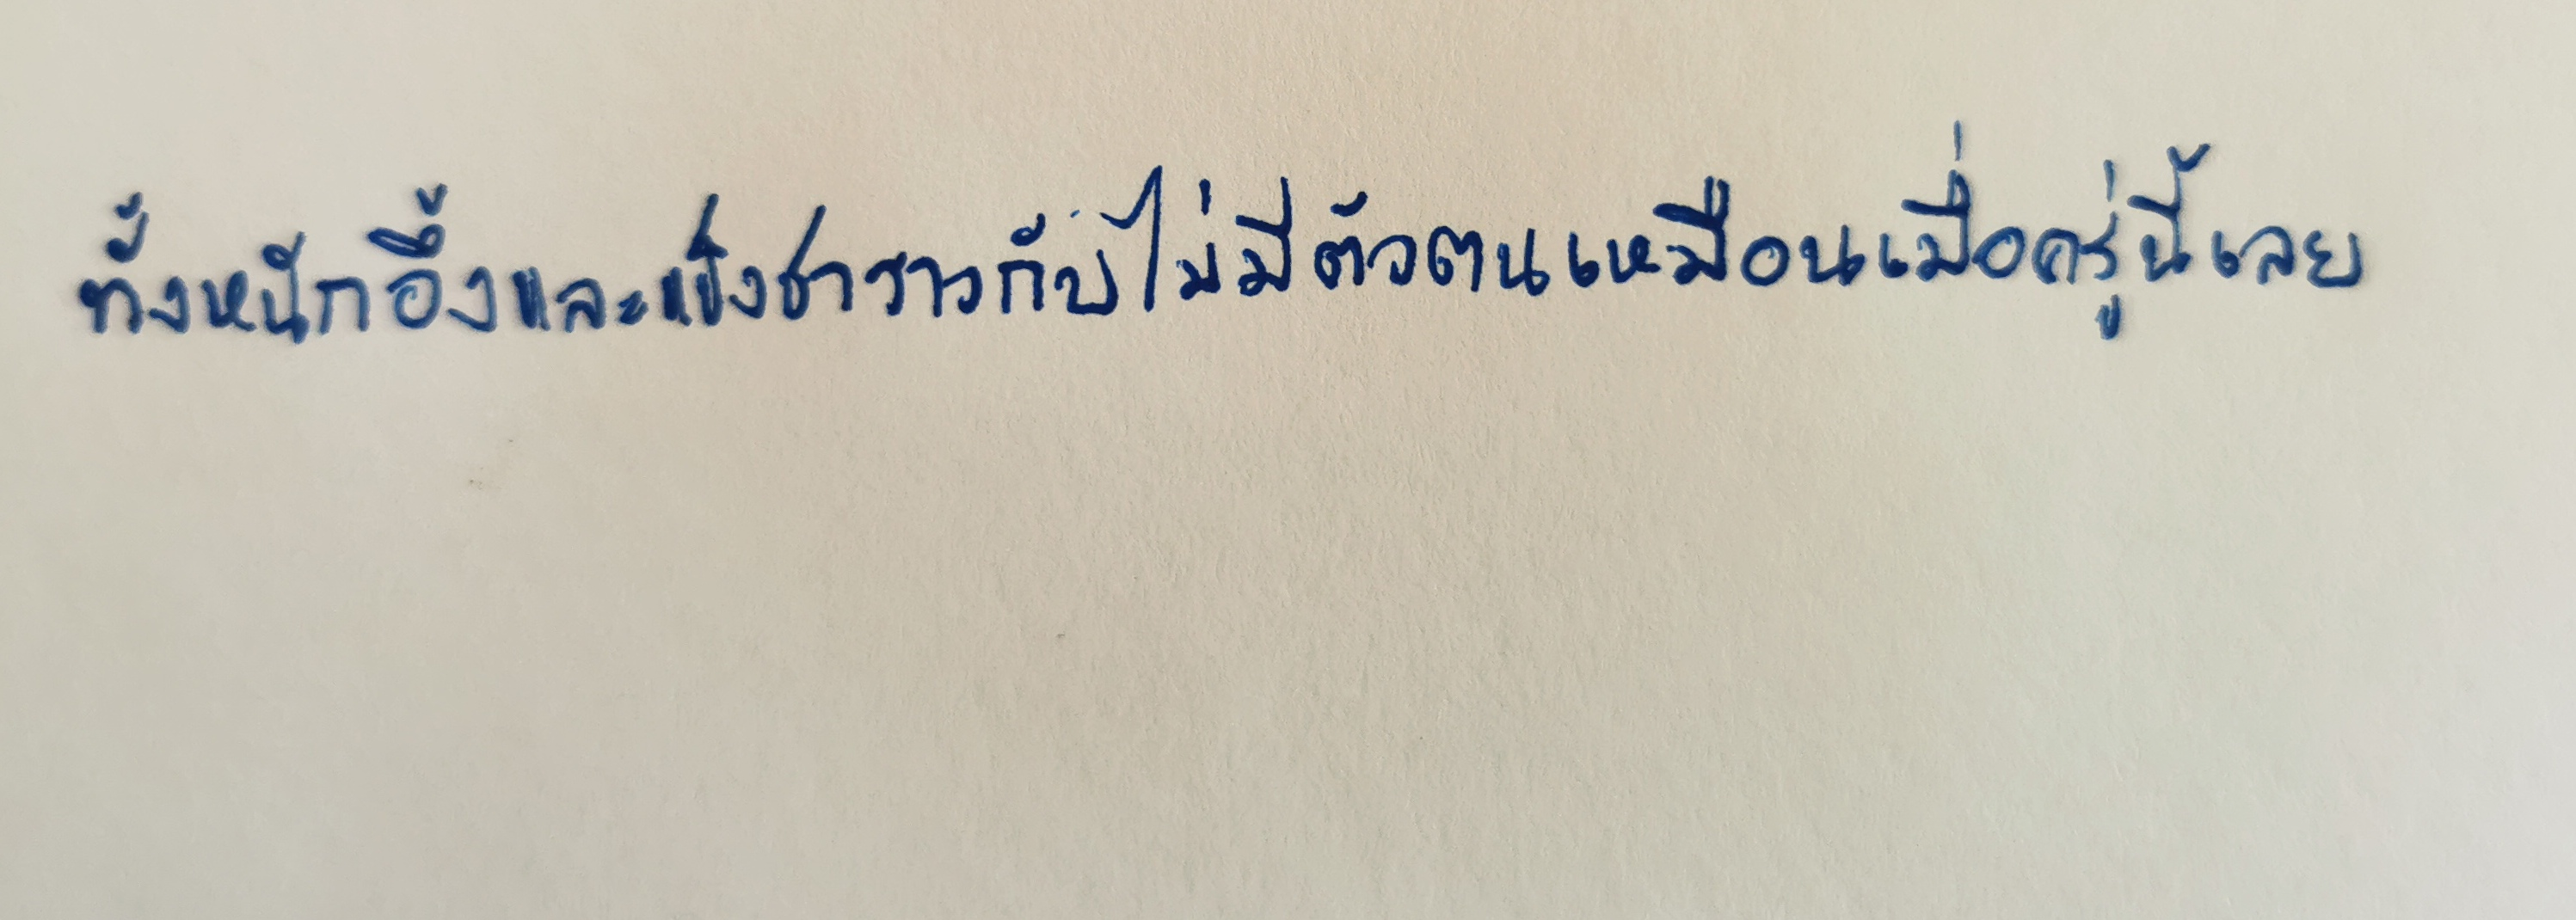
ทั้งหนักอึ้งและแข็งชาราวกับไม่มีตัวตนเหมือนเมื่อครู่นี้เลย